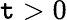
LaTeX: \mathtt{t}>0